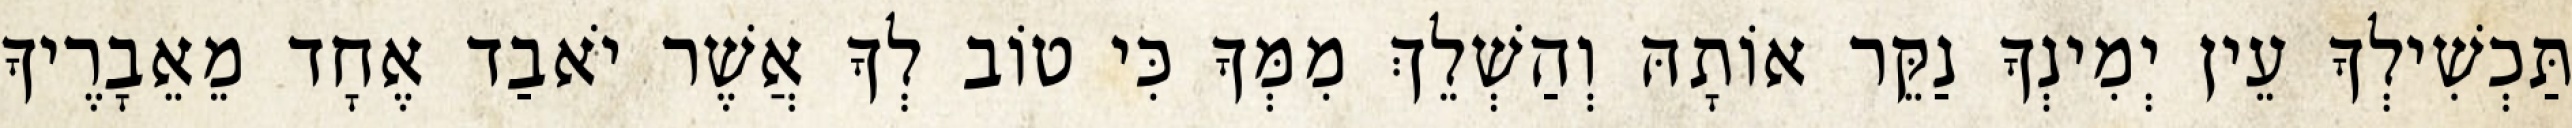
תַּכְשִׁילְךָ עֵין יְמִינְךָ נַקֵּר אוֹתָהּ וְהַשְׁלֵךְ מִמְּךָ כִּי טוֹב לְךָ אֲשֶׁר יֹאבַד אֶחָד מֵאֵבָרֶיךָ